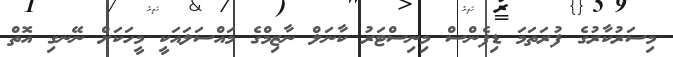
މިސަރުކާރުގެ ފުރަތަމަ ޑިފެންސް މިނިސްޓަރު ކާނަލް ނާޒިމްގެ މައްސަލައަކީ މީހަކަށް ނޭނގި އޮތް